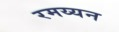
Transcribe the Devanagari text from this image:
रमय्यन